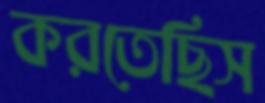
করতেছিস